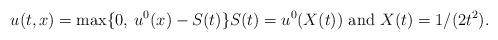
LaTeX: \begin{align*}u(t,x)= \max\{ 0,\: u^0(x) - S(t)\} S(t)=u^0(X(t)) \text{ and } X(t)=1/(2t^2).\end{align*}